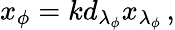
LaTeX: x_{\phi}=kd_{\lambda_{\phi}}x_{\lambda_{\phi}}\, ,